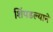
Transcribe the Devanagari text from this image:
शिंपडल्याने